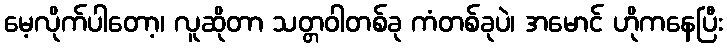
မေ့လိုက်ပါတော့၊ လူဆိုတာ သတ္တဝါတစ်ခု ကံတစ်ခုပဲ၊ အမောင် ဟိုကနေပြီး